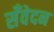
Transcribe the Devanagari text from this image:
सँवेदन